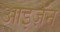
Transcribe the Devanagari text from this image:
आइज़ॅन